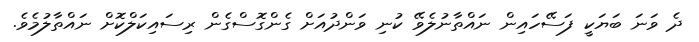
ދެ ވަނަ ބަޔަކީ ފަސޭހައިން ނައްތާނުލެވޭ ކުނި ވަންދުއަށް ގެންގޮސްގެން ރިސައިކަލްކޮށް ނައްތާލުމެވެ.